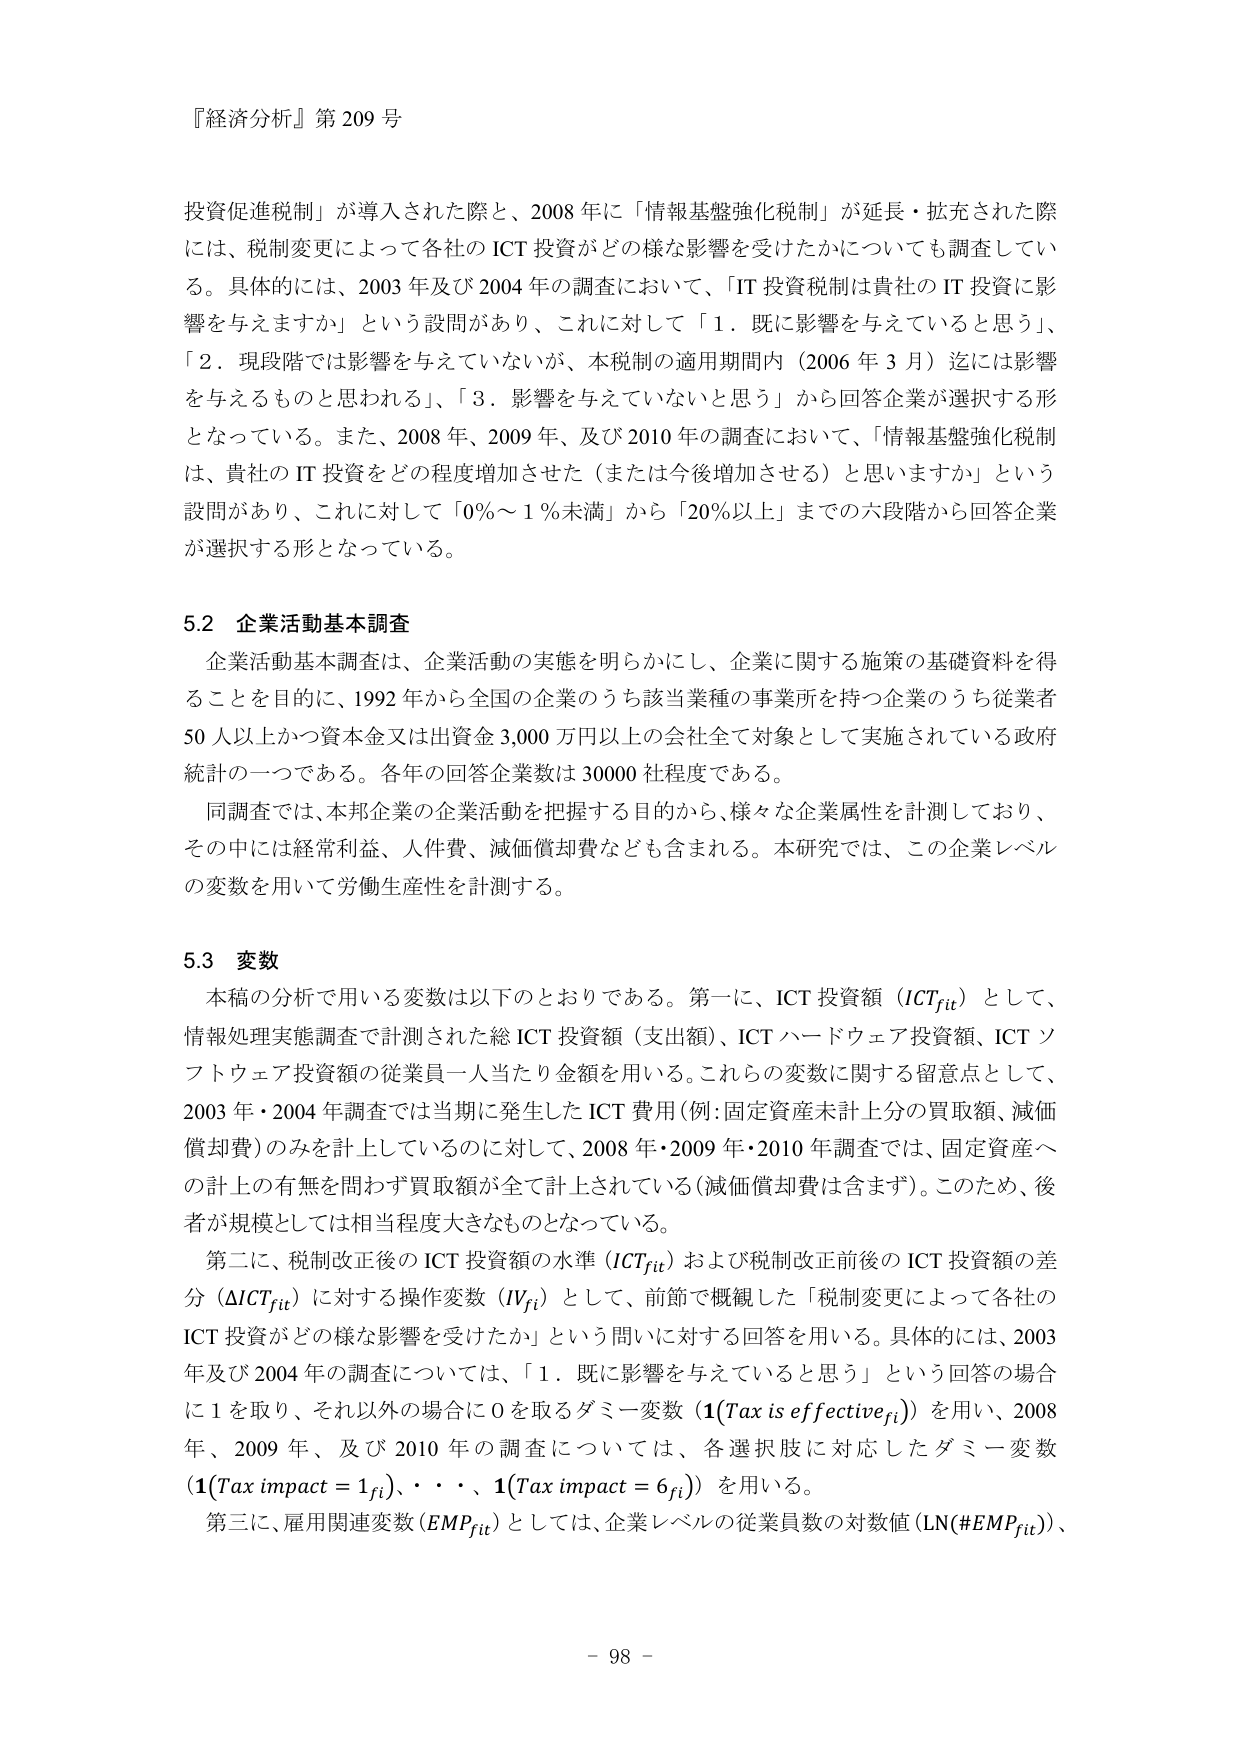
『経済分析』第209号

投資促進税制」が導入された際と、2008年に「情報基盤強化税制」が延長・拡充された際には、税制変更によって各社のICT投資がどのような影響を受けたかについても調査している。具体的には、2003年及び2004年の調査において、「IT投資税制は貴社のIT投資に影響を与えますか」という設問があり、これに対して「1．既に影響を与えていると思う」、「2．現段階では影響を与えていないが、本税制の適用期間内（2006年3月）迄には影響を与えるものと思われる」、「3．影響を与えていないと思う」から回答企業が選択する形となっている。また、2008年、2009年、及び2010年の調査において、「情報基盤強化税制は、貴社のIT投資をどの程度増加させた（または今後増加させる）と思いますか」という設問があり、これに対して「0％～1％未満」から「20％以上」までの六段階から回答企業が選択する形となっている。

5.2 企業活動基本調査
企業活動基本調査は、企業活動の実態を明らかにし、企業に関する施策の基礎資料を得ることを目的に、1992年から全国の企業のうち該当業種の事業所を持つ企業のうち従業者50人以上かつ資本金又は出資金3,000万円以上の会社全てを対象として実施されている政府統計の一つである。各年の回答企業数は30000社程度である。
同調査では、本邦企業の企業活動を把握する目的から、様々な企業属性を計測しており、その中には経常利益、人件費、減価償却費なども含まれる。本研究では、この企業レベルの変数を用いて労働生産性を計測する。

5.3 変数
本稿の分析で用いる変数は以下のとおりである。第一に、ICT投資額（ICTfit）として、情報処理実態調査で計測された総ICT投資額（支出額）、ICTハードウェア投資額、ICTソフトウェア投資額の従業員一人当たり金額を用いる。これらの変数に関する留意点として、2003年・2004年調査では当期に発生したICT費用（例：固定資産未計上分の買取額、減価償却費）のみを計上しているのに対して、2008年・2009年・2010年調査では、固定資産への計上の有無を問わず買取額が全て計上されている（減価償却費は含まず）。このため、後者が規模としては相当程度大きなものとなっている。
第二に、税制改正後のICT投資額の水準（ICTfit）および税制改正前後のICT投資額の差分（ΔICTfit）に対する操作変数（IVfi）として、前節で概観した「税制変更によって各社のICT投資がどのような影響を受けたか」という問いに対する回答を用いる。具体的には、2003年及び2004年の調査については、「1．既に影響を与えていると思う」という回答の場合に1を取り、それ以外の場合に0を取るダミー変数（1(Tax is effectivefi)）を用い、2008年、2009年、及び2010年の調査については、各選択肢に対応したダミー変数（1(Tax impact = 1fi)、・・・、1(Tax impact = 6fi)）を用いる。
第三に、雇用関連変数（EMPfit）としては、企業レベルの従業員数の対数値（LN(#EMPfit)）、
- 98 -